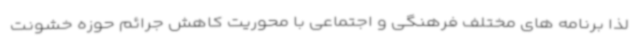
لذا برنامه های مختلف فرهنگی و اجتماعی با محوریت کاهش جرائم حوزه خشونت